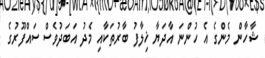
ޝާހާން މެންގެ އެ ހުންނަ އާދަޔާ ޚިލާފު ބާރުތަކާއި މެދު އަބަދުވެސް ސައްފޫރުގެ